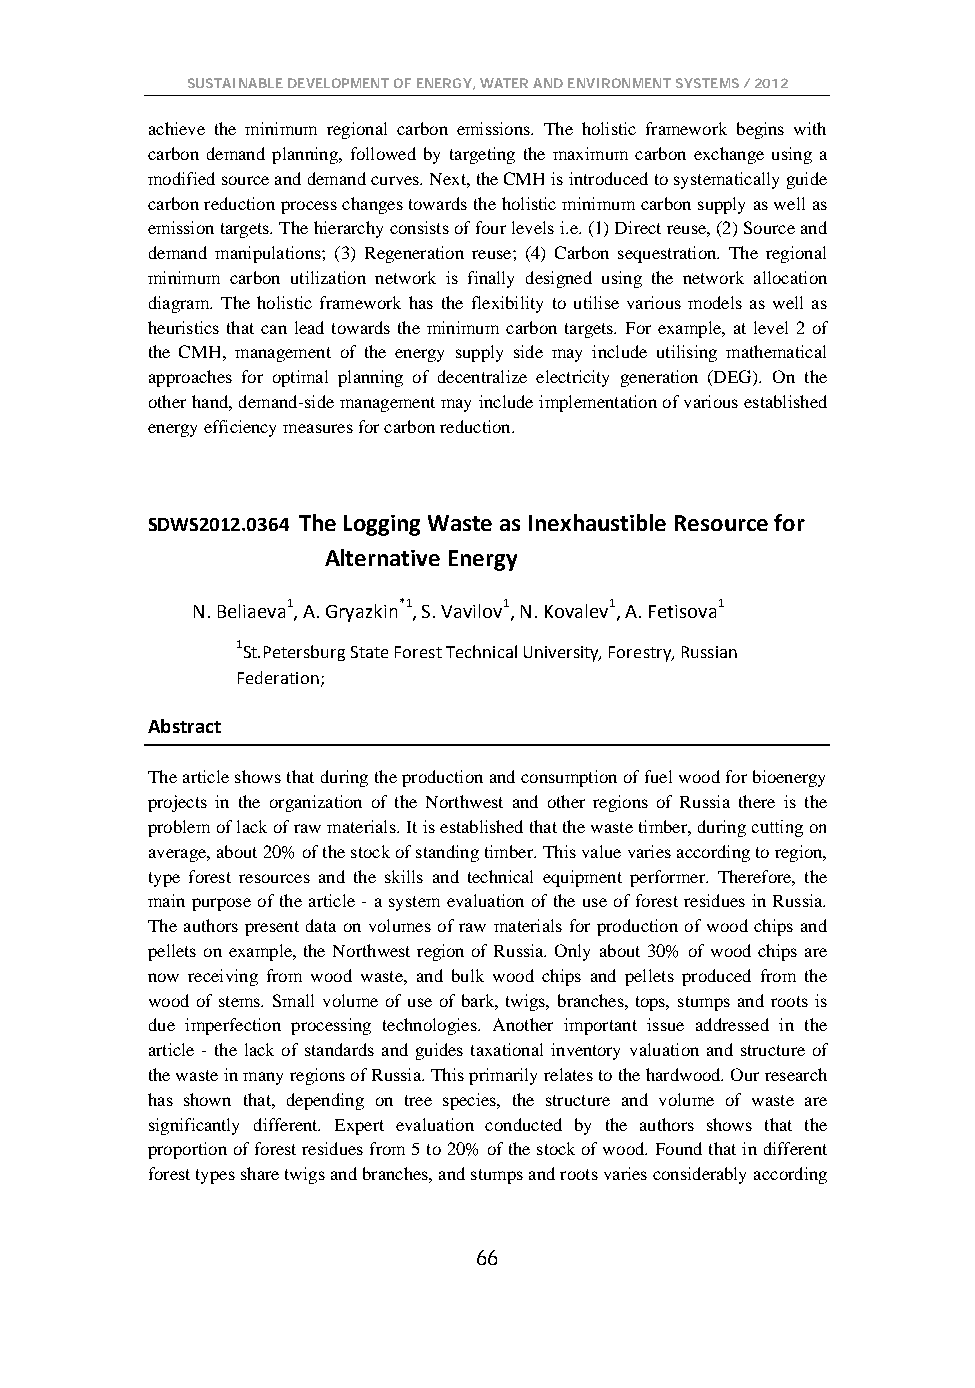
SUSTAINABLE DEVELOPMENT OF ENERGY, WATER AND ENVIRONMENT SYSTEMS / 2012
 achieve the minimum regional carbon emissions. The holistic framework begins with
 carbon demand planning, followed by targeting the maximum carbon exchange using a
 modified source and demand curves. Next, the CMH is introduced to systematically guide
 carbon reduction process changes towards the holistic minimum carbon supply as well as
 emission targets. The hierarchy consists of four levels i.e. (1) Direct reuse, (2) Source and
 demand manipulations; (3) Regeneration reuse; (4) Carbon sequestration. The regional
 minimum carbon utilization network is finally designed using the network allocation
 diagram. The holistic framework has the flexibility to utilise various models as well as
 heuristics that can lead towards the minimum carbon targets. For example, at level 2 of
 the CMH, management of the energy supply side may include utilising mathematical
 approaches for optimal planning of decentralize electricity generation (DEG). On the
 other hand, demand-side management may include implementation of various established
 energy efficiency measures for carbon reduction.
 SDWS2012.0364 The Logging Waste as Inexhaustible Resource for
 Alternative Energy
 N. Beliaeva1, A. Gryazkin*1, S. Vavilov1, N. Kovalev1, A. Fetisova1
 1St.Petersburg State Forest Technical University, Forestry, Russian
 Federation;
 Abstract
 The article shows that during the production and consumption of fuel wood for bioenergy
 projects in the organization of the Northwest and other regions of Russia there is the
 problem of lack of raw materials. It is established that the waste timber, during сutting on
 average, about 20% of the stock of standing timber. This value varies according to region,
 type forest resources and the skills and technical equipment performer. Therefore, the
 main purpose of the article - a system evaluation of the use of forest residues in Russia.
 The authors present data on volumes of raw materials for production of wood chips and
 pellets on example, the Northwest region of Russia. Only about 30% of wood chips are
 now receiving from wood waste, and bulk wood chips and pellets produced from the
 wood of stems. Small volume of use of bark, twigs, branches, tops, stumps and roots is
 due imperfection processing technologies. Another important issue addressed in the
 article - the lack of standards and guides taxational inventory valuation and structure of
 the waste in many regions of Russia. This primarily relates to the hardwood. Our research
 has shown that, depending on tree species, the structure and volume of waste are
 significantly different. Expert evaluation conducted by the authors shows that the
 proportion of forest residues from 5 to 20% of the stock of wood. Found that in different
 forest types share twigs and branches, and stumps and roots varies considerably according
 66